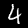
Label: 4